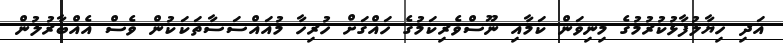
އަދި ހިޔާލުފާޅުކުރުމުގެ މިނިވަން ކަމާއި ނޫސްވެރިކަމުގެ ހައްގަށް ހުރިހާ މުއައްސަސާތަކަކުން ވެސް އެއްބާރުލުން